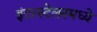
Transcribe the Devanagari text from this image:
इंटरस्टेलरमध्ये